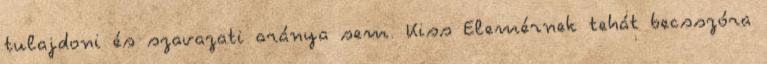
tulajdoni és szavazati aránya sem. Kiss Elemérnek tehát becsszóra